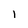
Character: l